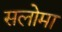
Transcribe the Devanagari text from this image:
सलोमा